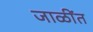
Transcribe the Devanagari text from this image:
जाळींत